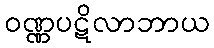
ဝဏ္ဏပဋိလာဘာယ